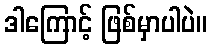
ဒါကြောင့် ဖြစ်မှာပါပဲ။